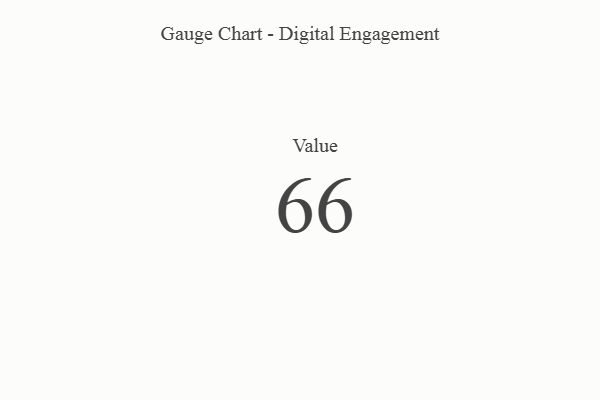
{"axis": {"x": "Metric", "y": "Value"}, "legend": [""], "data": [{"x": "Value", "y": 66, "type": ""}]}